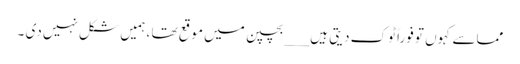
مماسے کہوں تو فوراً ٹوک دیتی ہیں ___بچپن میں موقع تھا ، ہمیں شکل نہیں دی ۔